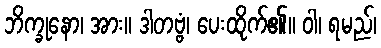
ဘိက္ခုနော၊ အား။ ဒါတဗ္ဗံ၊ ပေးထိုက်၏။ ဝါ၊ ရမည်၊